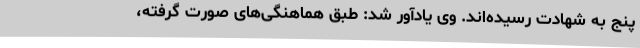
پنج به شهادت رسیده‌اند. وی یادآور شد: طبق هماهنگی‌های صورت گرفته،